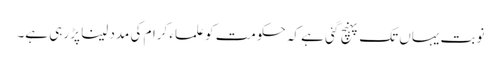
نوبت یہاں تک پہنچ گئی ہے کہ حکومت کو علماء کرام کی مدد لینا پڑ رہی ہے۔